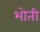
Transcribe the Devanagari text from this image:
भोती